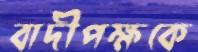
বাদীপক্ষকে